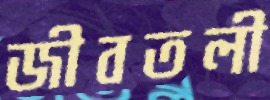
জীবতলী